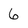
Character: 6